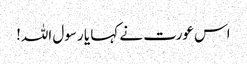
اس عورت نے کہا یا رسول اللہ!